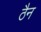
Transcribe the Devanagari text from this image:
ठैन